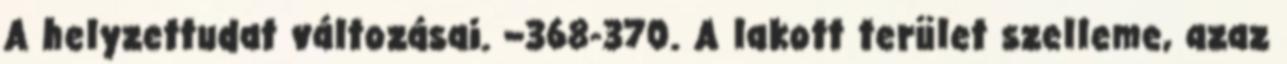
A helyzettudat változásai. –368-370. A lakott terület szelleme, azaz